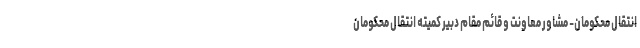
انتقال محکومان- مشاور معاونت و قائم مقام دبیر کمیته انتقال محکومان